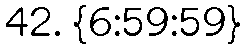
42. {6:59:59}